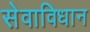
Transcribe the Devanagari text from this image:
सेवाविधान